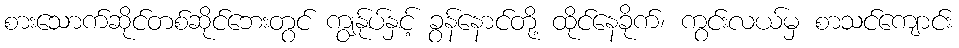
စားသောက်ဆိုင်တစ်ဆိုင်ဘေးတွင် ကျွန်ုပ်နှင့် ခွန်နောင်တို့ ထိုင်နေခိုက်၊ ကွင်းလယ်မှ စာသင်ကျောင်း